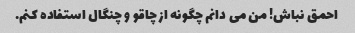
احمق نباش! من می دانم چگونه از چاقو و چنگال استفاده کنم.